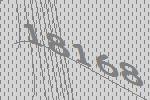
18168